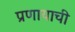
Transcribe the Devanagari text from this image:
प्रणायाची